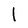
Character: l